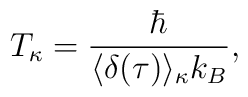
T_\kappa  = \frac{\hbar }{\langle \delta (\tau) \rangle_\kappa  k_B}, \nonumber